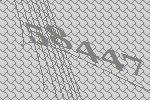
58447